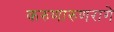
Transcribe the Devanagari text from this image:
करुणारुणरागे